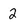
Character: 2